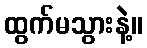
ထွက်မသွားနဲ့။